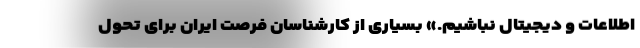
اطلاعات و دیجیتال نباشیم.» بسیاری از کارشناسان فرصت ایران برای تحول